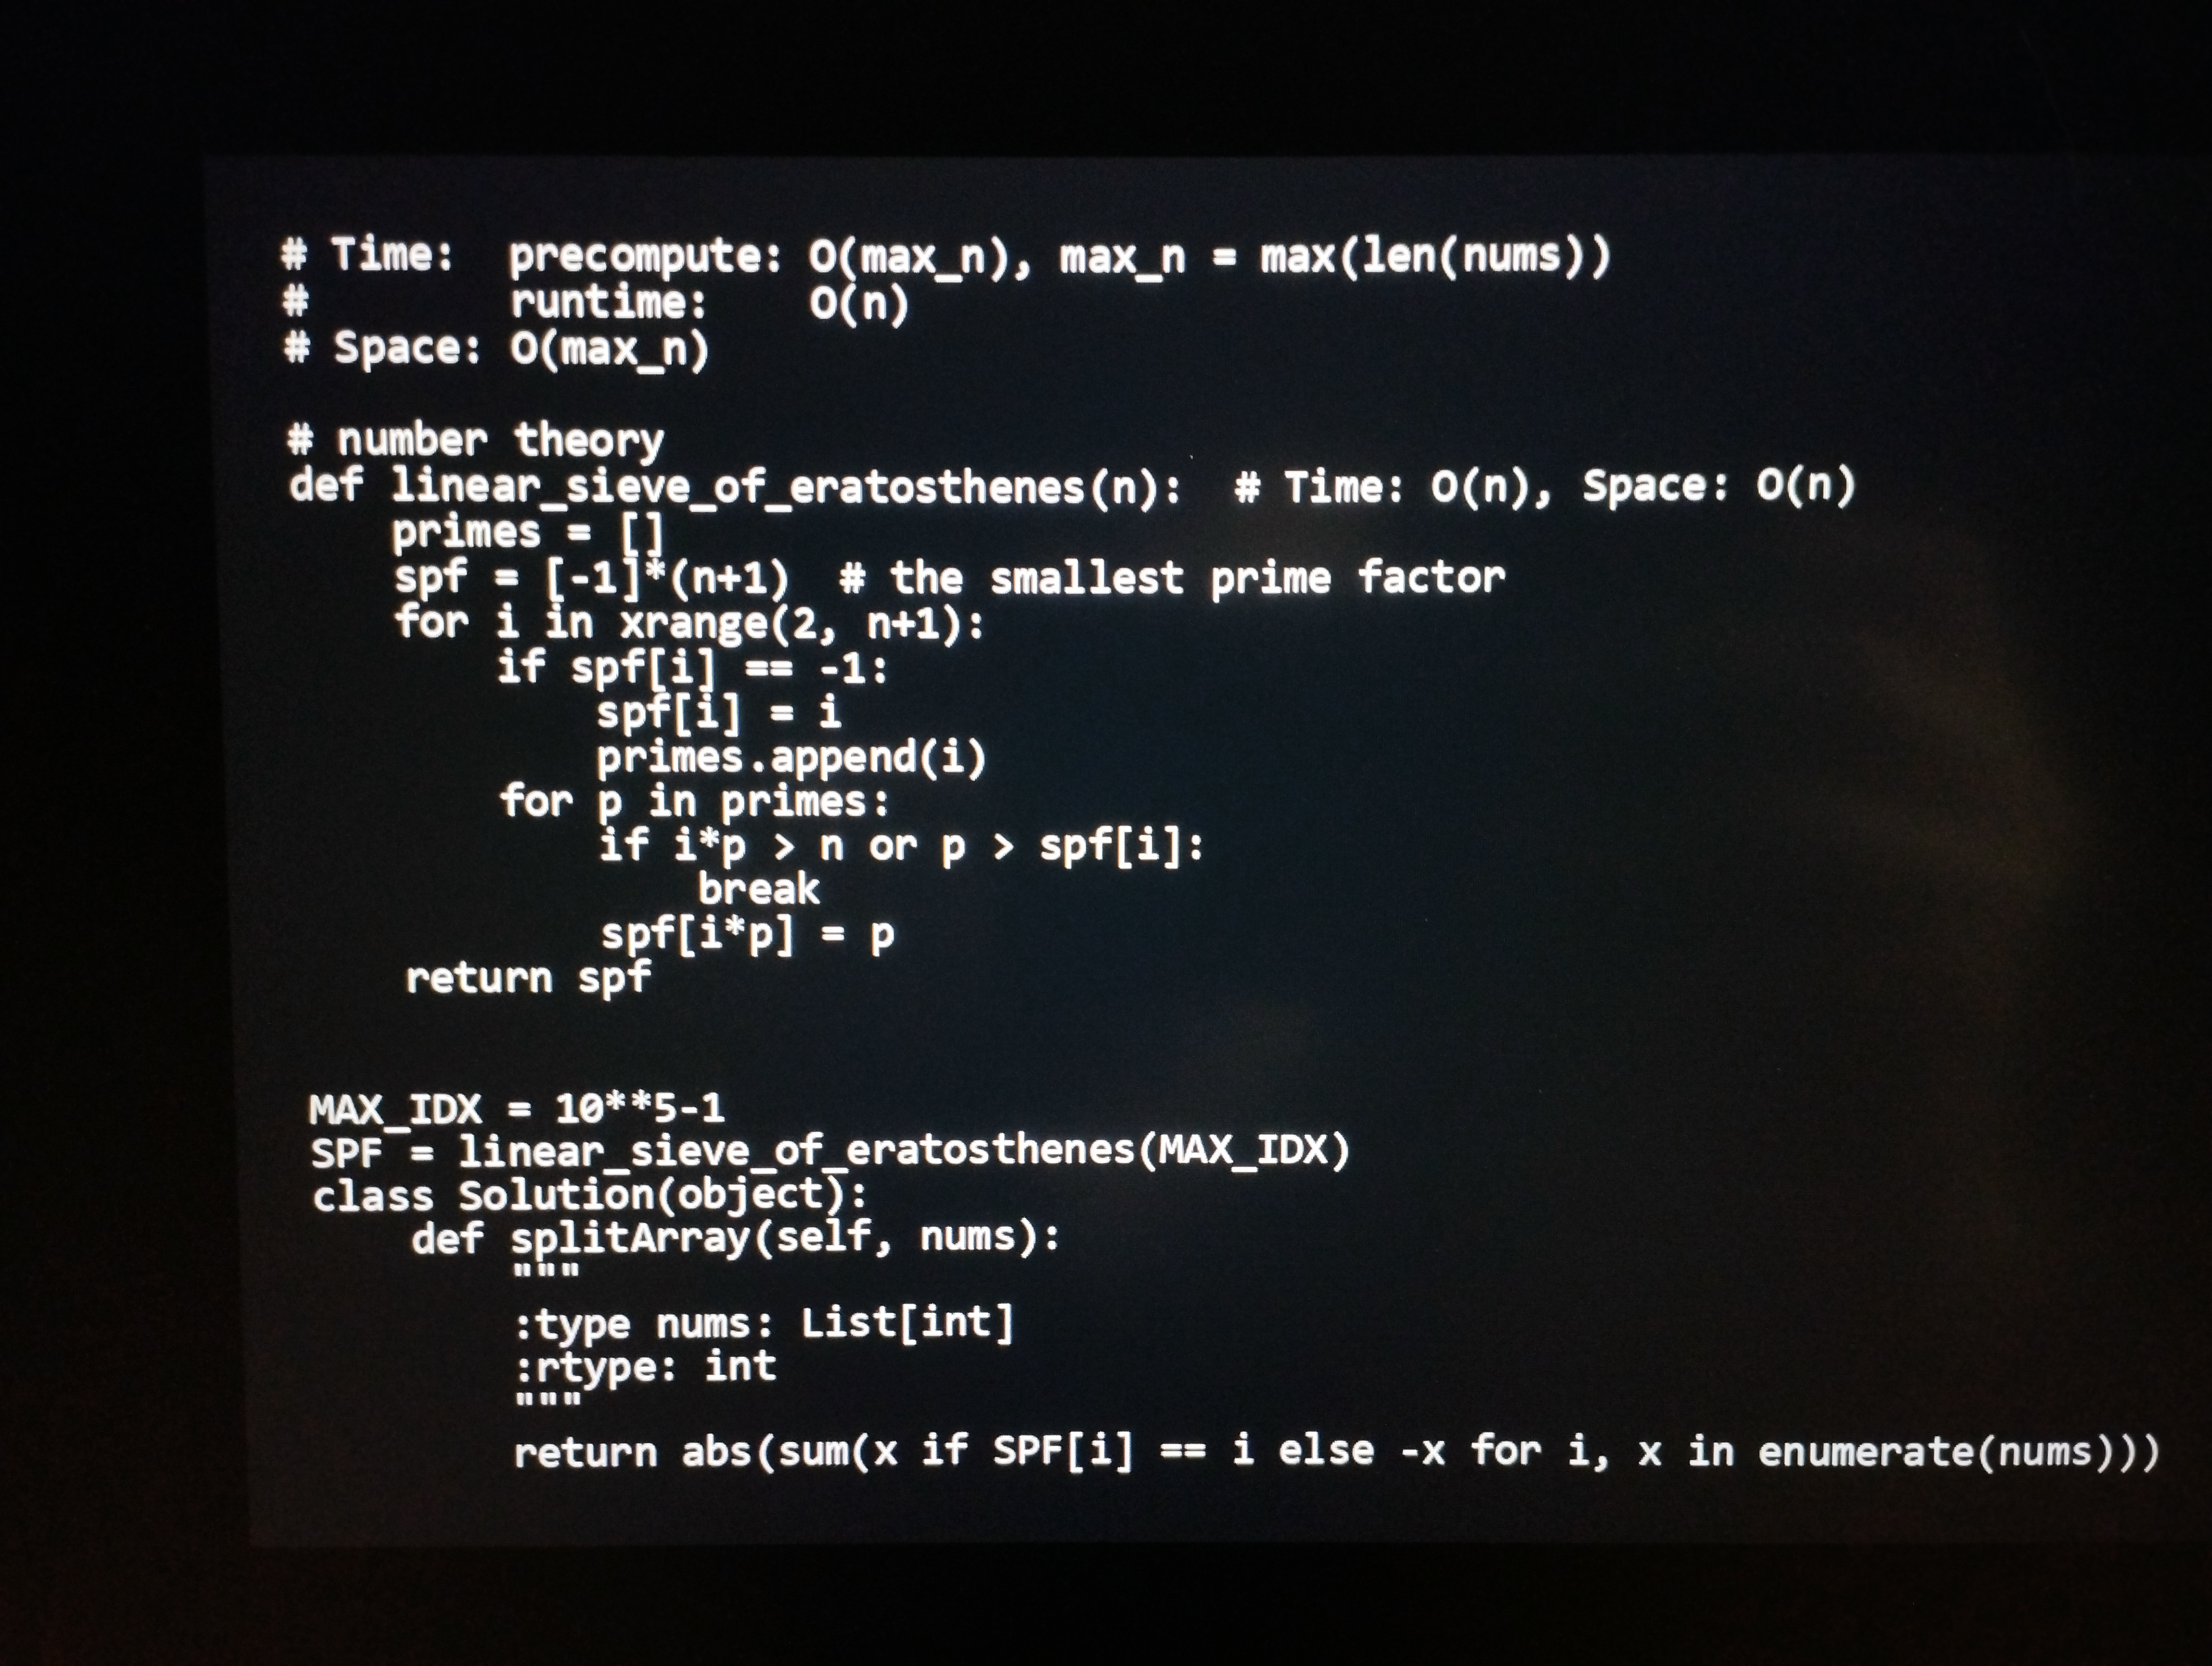
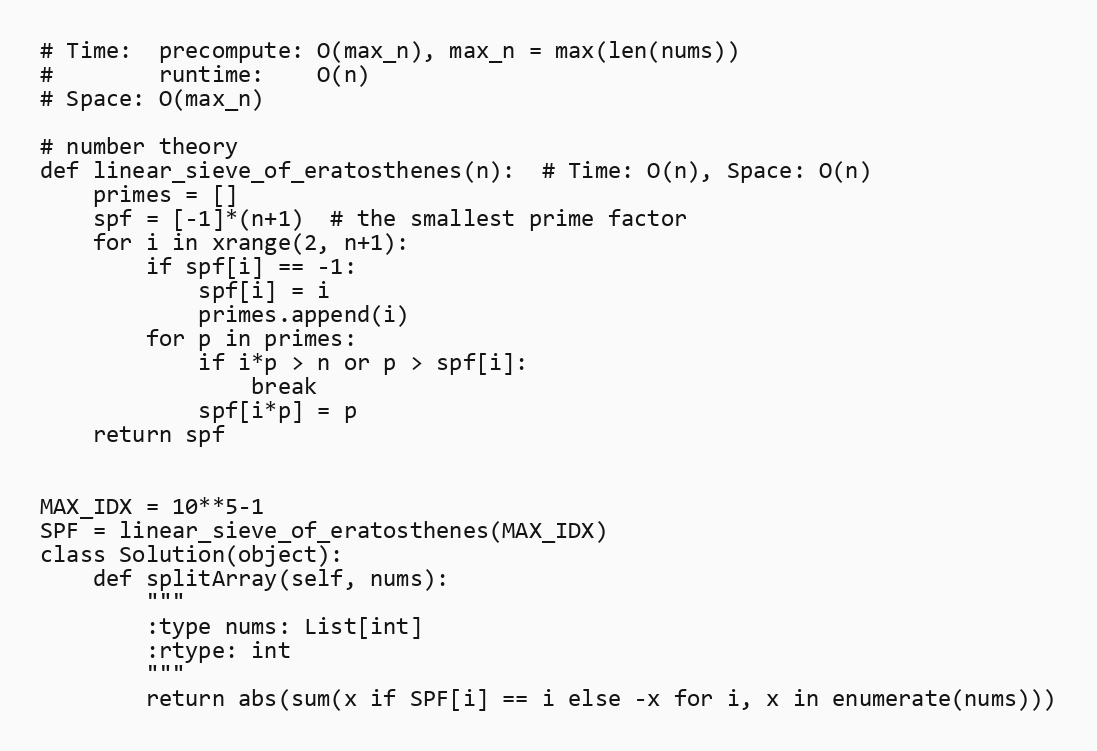
# Time:  precompute: O(max_n), max_n = max(len(nums))
#        runtime:    O(n)
# Space: O(max_n)

# number theory
def linear_sieve_of_eratosthenes(n):  # Time: O(n), Space: O(n)
    primes = []
    spf = [-1]*(n+1)  # the smallest prime factor
    for i in xrange(2, n+1):
        if spf[i] == -1:
            spf[i] = i
            primes.append(i)
        for p in primes:
            if i*p > n or p > spf[i]:
                break
            spf[i*p] = p
    return spf

MAX_IDX = 10**5-1
SPF = linear_sieve_of_eratosthenes(MAX_IDX)
class Solution(object):
    def splitArray(self, nums):
        """
        :type nums: List[int]
        :rtype: int
        """
        return abs(sum(x if SPF[i] == i else -x for i, x in enumerate(nums)))